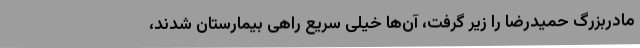
مادربزرگ حمیدرضا را زیر گرفت، آن‌ها خیلی سریع راهی بیمارستان شدند،